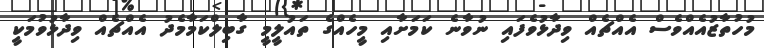
މުހުތާޒުއެއްވެސް އެއްޗެއް ވިދާޅުވެފައި ނުވާނެ ކަމަށާއި މީހެއްގެ ތައުލީމީ ގާބިލްކަމާމެދު އެއްޗެއް ވިދާޅުވުމަކީ